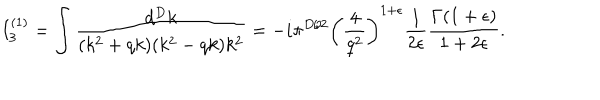
I _ { 3 } ^ { ( 1 ) } = \int \frac { d ^ { D } k } { ( k ^ { 2 } + q k ) ( k ^ { 2 } - q k ) k ^ { 2 } } = - i \pi ^ { D / 2 } \left( \frac { 4 } { q ^ { 2 } } \right) ^ { 1 + \epsilon } \frac { 1 } { 2 \epsilon } \frac { \Gamma ( 1 + \epsilon ) } { 1 + 2 \epsilon } .